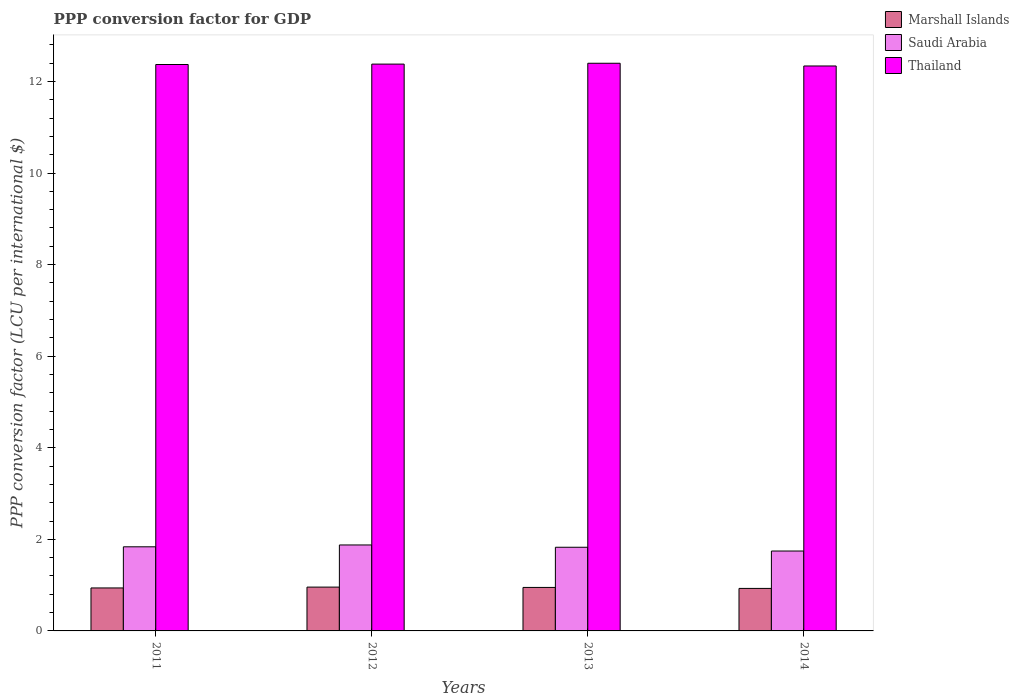
| Years | Marshall Islands | Saudi Arabia | Thailand |
 | --- | --- | --- | --- |
 | 2011 | 0.939 | 1.84 | 12.4 |
 | 2012 | 0.957 | 1.88 | 12.4 |
 | 2013 | 0.95 | 1.83 | 12.4 |
 | 2014 | 0.928 | 1.74 | 12.3 |